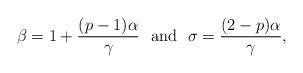
LaTeX: \begin{align*}\beta = 1 + \frac{(p-1)\alpha}{\gamma} \ \mbox{ and } \ \sigma = \frac{(2-p)\alpha}{\gamma},\end{align*}